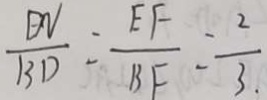
\frac { D N } { B D } = \frac { E F } { B F } = \frac { 2 } { 3 . }